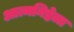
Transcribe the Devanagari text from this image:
आत्मनिष्ठेला